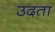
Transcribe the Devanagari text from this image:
उदता